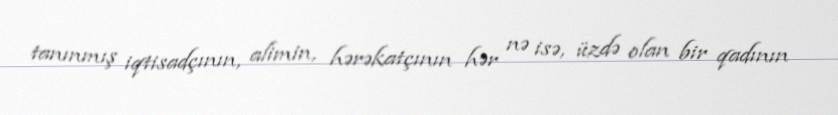
tanınmış iqtisadçının, alimin, hərəkatçının hər nə isə, üzdə olan bir qadının